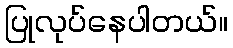
ပြုလုပ်နေပါတယ်။